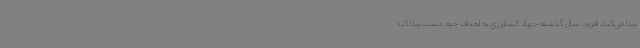
پیدا می‌کند، افزود: سال گذشته جهاد کشاورزی به اهداف خود دست پیدا کرد